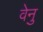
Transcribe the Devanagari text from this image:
वेनु